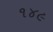
૧૪૯